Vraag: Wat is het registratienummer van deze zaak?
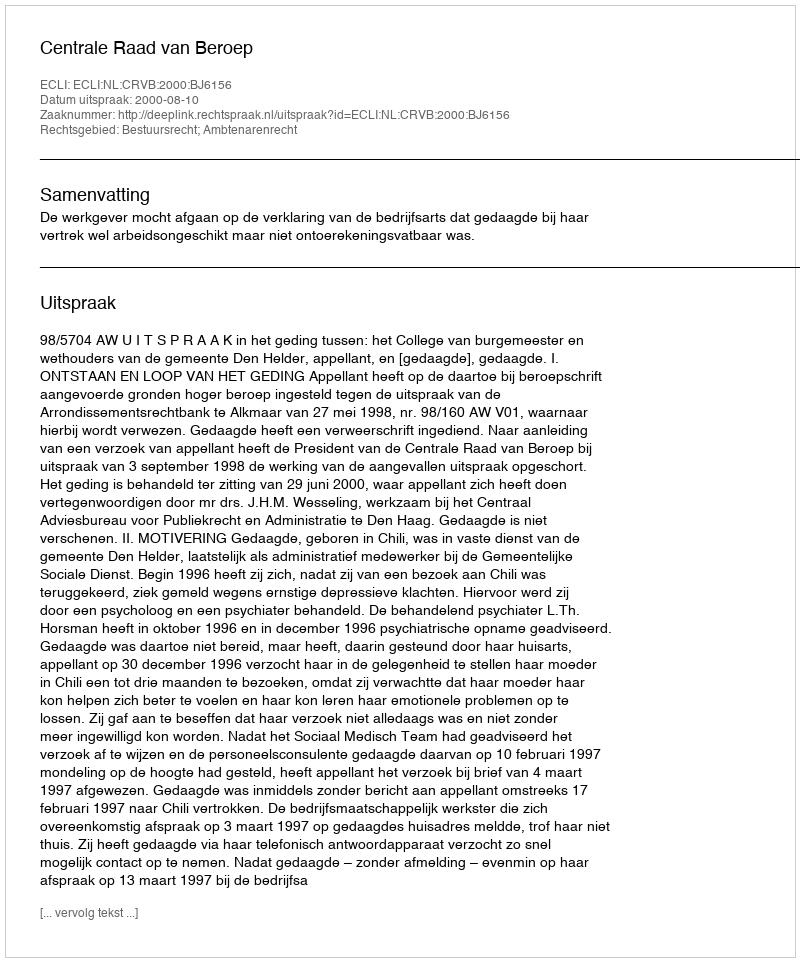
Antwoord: http://deeplink.rechtspraak.nl/uitspraak?id=ECLI:NL:CRVB:2000:BJ6156